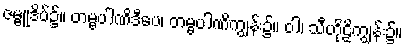
ဇမ္ဗူဒိပ်၌။ တမ္ဗပါဏိဒီပေ၊ တမ္ဗပါဏိကျွန်း၌။ ဝါ၊ သီဟိုဠိကျွန်း၌။